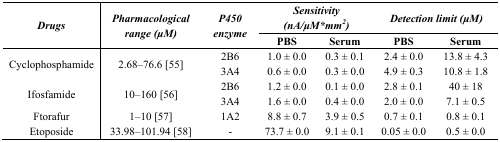
| <ROWSPAN=3> Drugs | <ROWSPAN=3> Pharmacological range (μM) | <ROWSPAN=3> P450 enzyme | <COLSPAN=2> Sensitivity (nA/μM*mm2) | <COLSPAN=2> Detection limit (μM) |
 | PBS | Serum | PBS | Serum |
 | --- | --- | --- | --- | --- | --- | --- |
 | <ROWSPAN=2> Cyclophosphamide | <ROWSPAN=2> 2.68–76.6 [55] | 2B6 | 1.0 ± 0.0 | 0.3 ± 0.1 | 2.4 ± 0.0 | 13.8 ± 4.3 |
 | 3A4 | 0.6 ± 0.0 | 0.3 ± 0.0 | 4.9 ± 0.3 | 10.8 ± 1.8 |
 | <ROWSPAN=2> Ifosfamide | <ROWSPAN=2> 10–160 [56] | 2B6 | 1.2 ± 0.0 | 0.1 ± 0.0 | 2.8 ± 0.1 | 40 ± 18 |
 | 3A4 | 1.6 ± 0.0 | 0.4 ± 0.0 | 2.0 ± 0.0 | 7.1 ± 0.5 |
 | Ftorafur | 1–10 [57] | 1A2 | 8.8 ± 0.7 | 3.9 ± 0.5 | 0.7 ± 0.1 | 0.8 ± 0.1 |
 | Etoposide | 33.98–101.94 [58] | - | 73.7 ± 0.0 | 9.1 ± 0.1 | 0.05 ± 0.0 | 0.5 ± 0.0 |